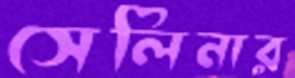
সেলিনার